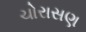
ચોરાસણ